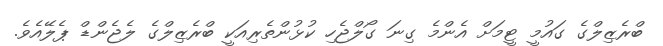
ބްރެޒިލްގެ ގައުމީ ޓީމަށް އެންމެ ގިނަ ގޯލްޖެހި ކުޅުންތެރިއަކީ ބްރެޒިލްގެ ލެޖެންޑް ޕެލޭއެވެ.